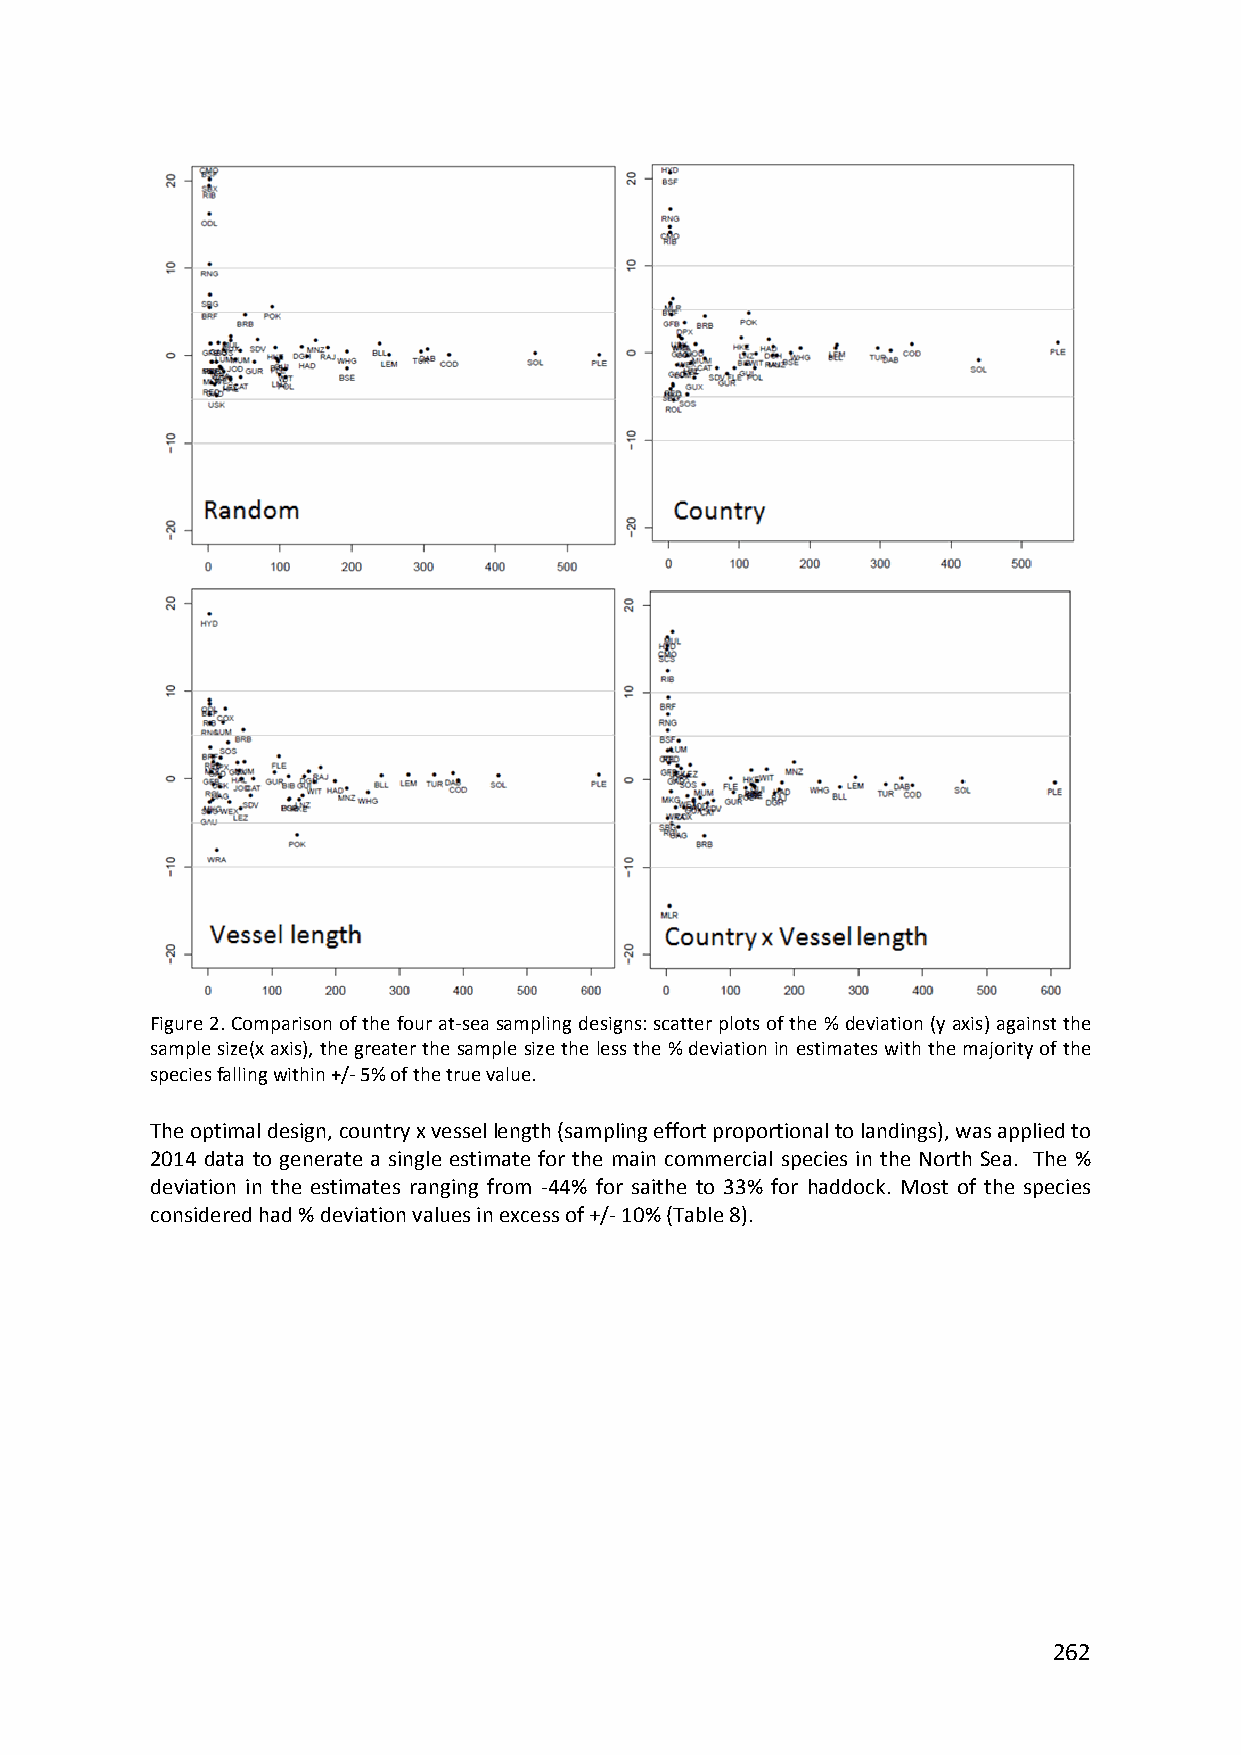
Figure 2. Comparison of the four at‐sea sampling designs: scatter plots of the % deviation (y axis) against the
 sample size(x axis), the greater the sample size the less the % deviation in estimates with the majority of the
 species falling within +/‐ 5% of the true value.
 The optimal design, country x vessel length (sampling effort proportional to landings), was applied to
 2014 data to generate a single estimate for the main commercial species in the North Sea. The %
 deviation in the estimates ranging from ‐44% for saithe to 33% for haddock. Most of the species
 considered had % deviation values in excess of +/‐ 10% (Table 8).
 262